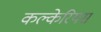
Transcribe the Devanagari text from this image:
कल्केरियस